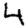
Digit: 4